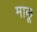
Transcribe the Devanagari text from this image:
माकू